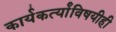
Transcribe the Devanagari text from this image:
कार्यकर्त्यांविषयीही